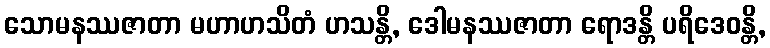
သောမနဿဇာတာ မဟာဟသိတံ ဟသန္တိ, ဒေါမနဿဇာတာ ရောဒန္တိ ပရိဒေဝန္တိ,